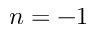
n = - 1